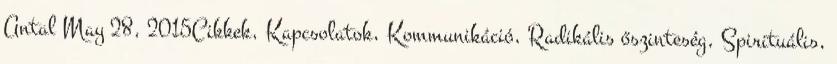
Antal May 28, 2015Cikkek, Kapcsolatok, Kommunikáció, Radikális őszinteség, Spirituális,